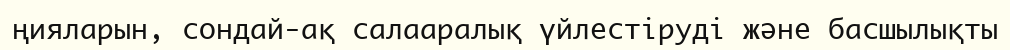
ңияларын, сондай-ақ салааралық үйлестіруді және басшылықты